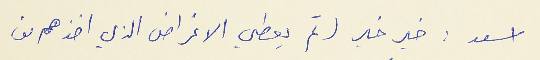
اسعد : خير خير (ثم يعطي الاغراض الذي اخذهم من